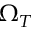
\Omega _ { T }